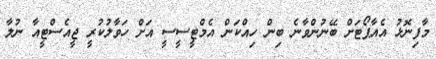
މާފިނޮޅު އެއާޕޯޓަށް ބޭނުންވާނެ ބިން ހިއްކަން އެމްޓީސީސީ އަށް ހަވާލުކުރީ ޖީއެސްޓީއާ ނުލާ